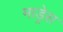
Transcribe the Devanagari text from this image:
माड्रेस